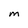
Character: M